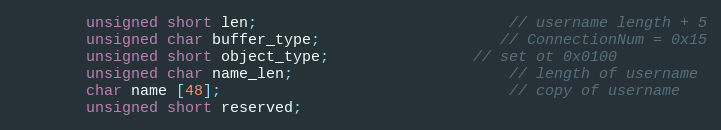
Language: C++
		unsigned short len;							// username length + 5
		unsigned char buffer_type;					// ConnectionNum = 0x15
		unsigned short object_type;				// set ot 0x0100
		unsigned char name_len;						// length of username
		char name [48];								// copy of username
		unsigned short reserved;